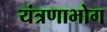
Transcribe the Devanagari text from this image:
यंत्रणाभोग